Lunatic asylums Burma 1907-21 - 1907-1921
Year: 1907
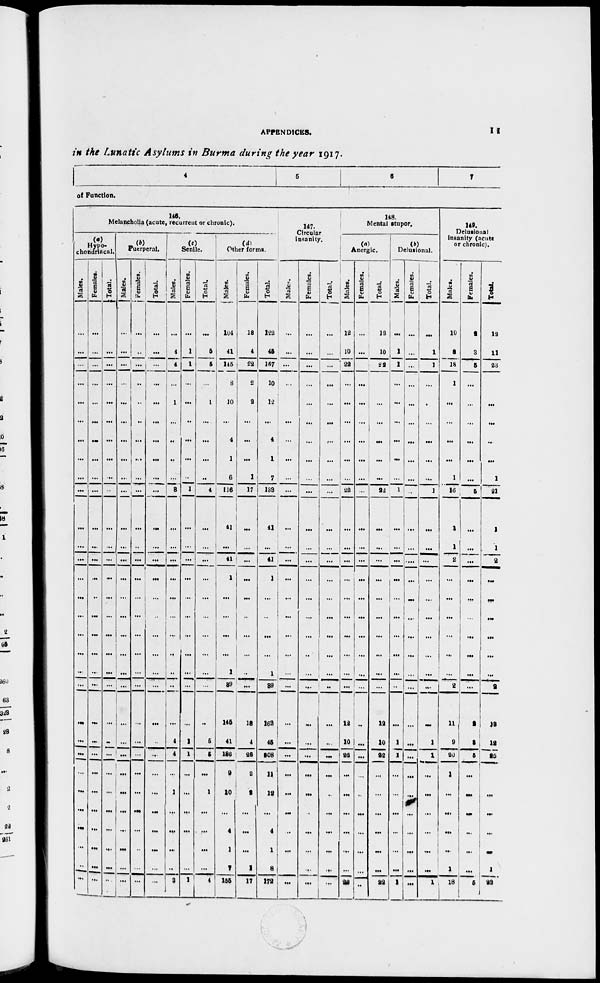
APPENDICES.
11
in the Lunatic Asylums in Burma during the year 1917.
4
5
6
7
of Function.
145.
Melancholia (acute, recurrent or chronic).
(a)
Hypo-
chondriacal.
Males.
...
...
...
...
...
...
...
...
...
...
...
...
...
...
...
...
...
...
...
...
...
...
...
...
...
...
...
...
...
...
Females.
...
...
...
...
...
...
...
...
...
...
...
...
...
...
...
...
...
...
...
...
...
...
...
...
...
...
...
...
...
...
Total.
...
...
...
...
...
...
...
...
...
...
...
...
...
...
...
...
...
...
...
...
...
...
...
...
...
...
...
...
...
...
(b)
Puerperal.
Males.
...
...
...
...
...
...
...
...
...
...
...
...
...
...
...
...
...
...
...
...
...
...
...
...
...
...
...
...
...
...
Females.
...
...
...
...
...
...
...
...
...
...
...
...
...
...
...
...
...
...
...
...
...
...
...
...
...
...
...
...
...
...
Total.
...
...
...
...
...
...
...
...
...
...
...
...
...
...
...
...
...
...
...
...
...
...
...
...
...
...
...
...
...
...
(c)
Senile.
Males.
...
4
4
...
1
...
...
...
...
3
...
...
...
...
...
...
...
...
...
...
...
4
4
...
1
...
...
...
...
3
Females.
...
1
1
...
...
...
...
...
...
1
...
...
...
...
...
...
...
...
...
...
...
1
1
...
...
...
...
...
...
1
Total.
...
5
5
...
1
...
...
...
...
4
...
...
...
...
...
...
...
...
...
...
...
5
5
...
1
...
...
...
...
4
(d)
Other forms.
Males.
104
41
145
8
10
...
4
1
6
116
41
...
41
1
...
...
...
...
1
39
145
41
186
9
10
...
4
1
7
155
Females.
18
4
22
2
2
...
...
...
1
17
...
...
...
...
...
...
...
...
...
...
18
4
22
2
2
...
...
...
1
17
Total.
122
45
167
10
12
...
4
1
7
133
41
...
41
1
...
...
...
...
1
39
163
45
208
11
12
...
4
1
8
172
147.
Circular
insanity.
Males.
...
...
...
...
...
...
...
...
...
...
...
...
...
...
...
...
...
...
...
...
...
...
...
...
...
...
...
...
...
...
Females.
...
...
...
...
...
...
...
...
...
...
...
...
...
...
...
...
...
...
...
...
...
...
...
...
...
...
...
...
...
...
Total.
...
...
...
...
...
...
...
...
...
...
...
...
...
...
...
...
...
...
...
...
...
...
...
...
...
...
...
...
...
...
148.
Mental stupor.
(a)
Anergic.
Males.
12
10
22
...
...
...
...
...
...
22
...
...
...
...
...
...
...
...
...
...
12
10
22
...
...
...
...
...
...
22
Females.
...
...
...
...
...
...
...
...
...
...
...
...
...
...
...
...
...
...
...
...
...
...
...
...
...
...
...
...
...
...
Total.
12
10
22
...
...
...
...
...
...
22
...
...
...
...
...
...
...
...
...
...
12
10
22
...
...
...
...
...
...
22
(b)
Delusional.
Males.
...
1
1
...
...
...
...
...
...
1
...
...
...
...
...
...
...
...
...
...
...
1
1
...
...
...
...
...
...
1
Females.
...
...
...
...
...
...
...
...
...
...
...
...
...
...
...
...
...
...
...
...
...
...
...
...
...
...
...
...
...
...
Total.
...
1
1
...
...
...
...
...
...
1
...
...
...
...
...
...
...
...
...
...
...
1
1
...
...
...
...
...
...
1
149.
Delusional
insanity (acute
or chronic).
Males.
10
8
18
1
...
...
...
...
1
16
1
1
2
...
...
...
...
...
...
2
11
9
20
1
...
...
...
...
1
18
Females.
2
3
5
...
...
...
...
...
...
5
...
...
...
...
...
...
...
...
...
...
2
3
5
...
...
...
...
...
...
5
Total.
12
11
23
1
...
...
...
...
1
21
1
1
2
...
...
...
...
...
...
2
13
12
25
1
...
...
...
...
1
23